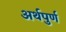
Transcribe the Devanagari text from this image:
अर्थपुर्ण